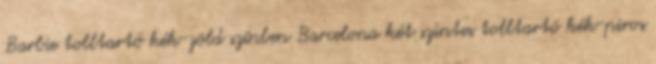
Barbie tolltartó kék-zöld színben Barcelona két szintes tolltartó kék-piros